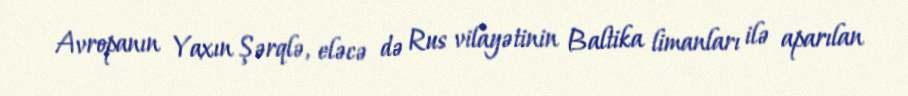
Avropanın Yaxın Şərqlə, eləcə də Rus vilayətinin Baltika limanları ilə aparılan